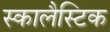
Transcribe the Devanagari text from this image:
स्कालैस्टिक